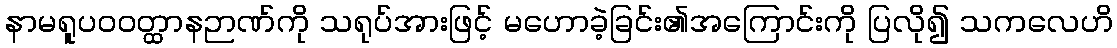
နာမရူပဝဝတ္ထာနဉာဏ်ကို သရုပ်အားဖြင့် မဟောခဲ့ခြင်း၏အကြောင်းကို ပြလို၍ သကလေဟိ